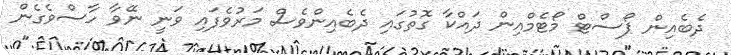
ދެބެއިން ޕޯސްޓް މޯޓެމްއިން ދައްކާ ގޮތުގައި ދެބެއިންވެސް މަރުވެފައި ވަނީ ނޭވާ ހާސްވެގެން